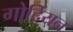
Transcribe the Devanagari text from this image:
गोर्दियन